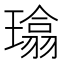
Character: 𪼜